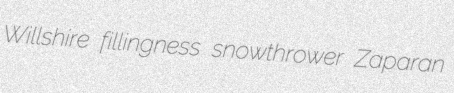
Willshire fillingness snowthrower Zaparan